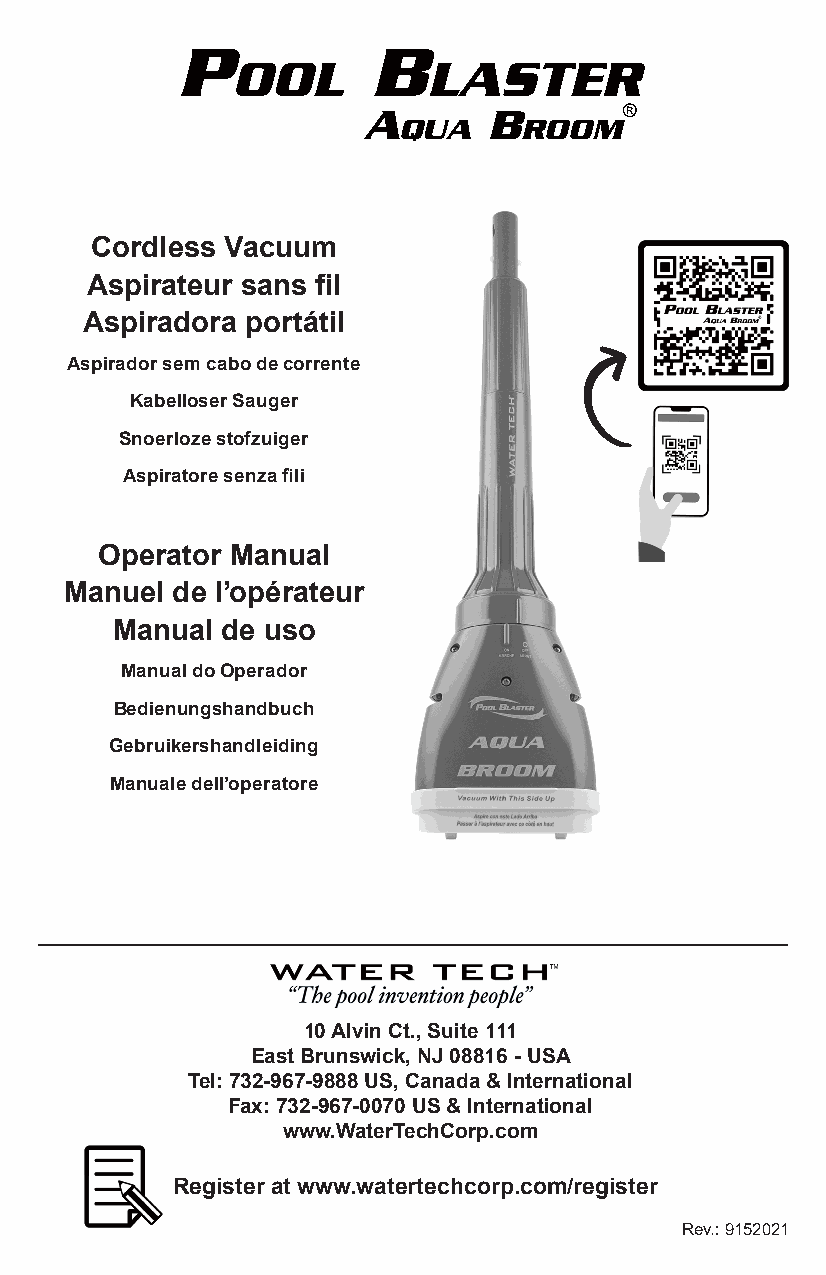
P            B
 OOL          LASTER
 A       B        ®
 QUA     ROOM
 Cordless Vacuum
 Aspirateur sans fil
 Aspiradora portátil
 Aspirador sem cabo de corrente
 Kabelloser Sauger
 Snoerloze stofzuiger
 Aspiratore senza fili
 Operator Manual
 Manuel de l’opérateur
 Manual  de uso
 Manual do Operador
 Bedienungshandbuch
 Gebruikershandleiding
 Manuale dell’operatore
 10 Alvin Ct., Suite 111
 East Brunswick, NJ 08816 - USA
 Tel: 732-967-9888 US, Canada & International
 Fax: 732-967-0070 US & International
 www.WaterTechCorp.com
 Register at www.watertechcorp.com/register
 Rev.: 9152021